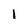
Character: 1